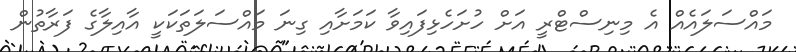
މައްސަލައެއް އެ މިނިސްޓްރީ އަށް ހުށަހެޅިފައިވާ ކަމަށާއި ގިނަ މައްސަލަތަކަކީ އާއިލާގެ ފަރާތުން